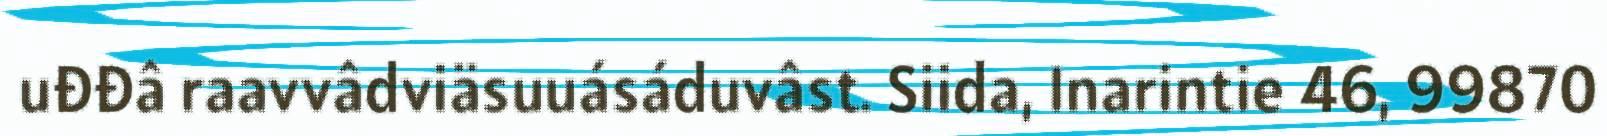
uđđâ raavvâdviäsuuásáduvâst. Siida, Inarintie 46, 99870